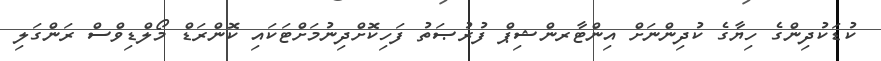
ކުޑަކުދިންގެ ހިޔާގެ ކުދިންނަށް އިންޓާރންޝިޕް ފުރުޞަތު ފަހިކޮށްދިނުމަށްޓަކައި ކޮންރަޑް މޯލްޑިވްސް ރަންގަލި